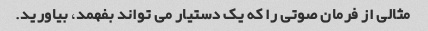
مثالی از فرمان صوتی را که یک دستیار می تواند بفهمد، بیاورید.